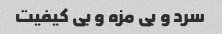
سرد و بی مزه و بی کیفیت